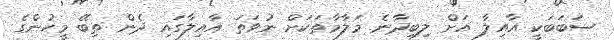
ސަބަބަކީ އާއިލާ އަށް ލިބިދާނެ މަލާމާތަކަށް ނުވަތަ އާއިލާގައި ދެން ތިބޭ މީހުންގެ